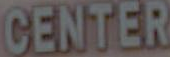
CENTER